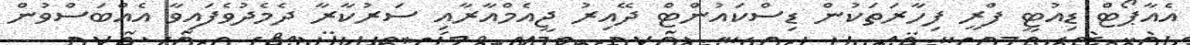
އެއާޕޯޓް ޑިއުޓީ ފްރީ ފިހާރަތަކުން ޑިސްކައުންޓް ދޭއިރު ޖީއެމްއާރާއި ސަރުކާރާ ދެމެދުވެފައިވާ އެއްބަސްވުން